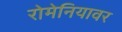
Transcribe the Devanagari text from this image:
रोमेनियावर